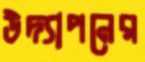
উদ্যাপনের